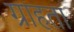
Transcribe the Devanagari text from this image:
ग्राहता